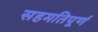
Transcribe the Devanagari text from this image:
सहमतिपूर्ण